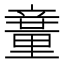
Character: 𥪽